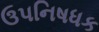
ઉપનિષધક